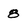
Character: 8